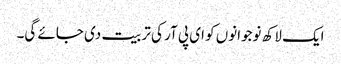
ایک لاکھ نوجوانوں کو ای پی آر کی تربیت دی جائے گی۔